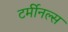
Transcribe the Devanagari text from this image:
टर्मीनल्स